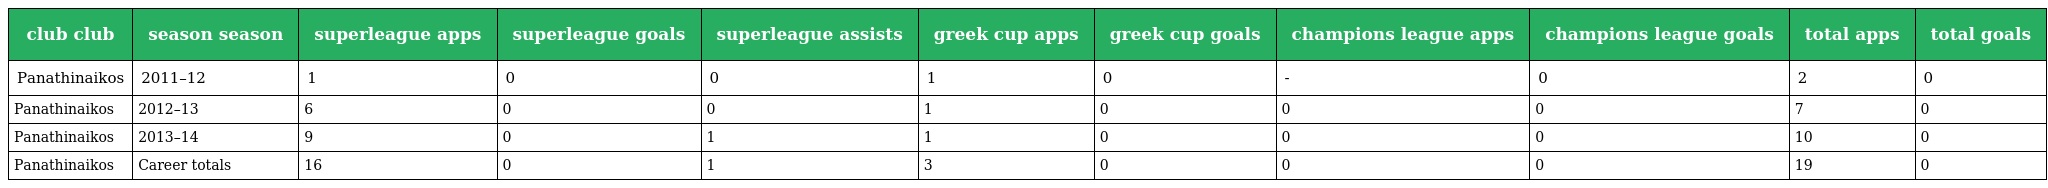
| club club | season season | superleague apps | superleague goals | superleague assists | greek cup apps | greek cup goals | champions league apps | champions league goals | total apps | total goals |
 | --- | --- | --- | --- | --- | --- | --- | --- | --- | --- | --- |
 | Panathinaikos | 2011–12 | 1 | 0 | 0 | 1 | 0 | - | 0 | 2 | 0 |
 | Panathinaikos | 2012–13 | 6 | 0 | 0 | 1 | 0 | 0 | 0 | 7 | 0 |
 | Panathinaikos | 2013–14 | 9 | 0 | 1 | 1 | 0 | 0 | 0 | 10 | 0 |
 | Panathinaikos | Career totals | 16 | 0 | 1 | 3 | 0 | 0 | 0 | 19 | 0 |